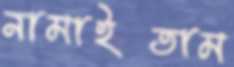
নামাইতাম